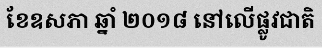
ខែឧសភា ឆ្នាំ ២០១៨ នៅលើផ្លូវជាតិ